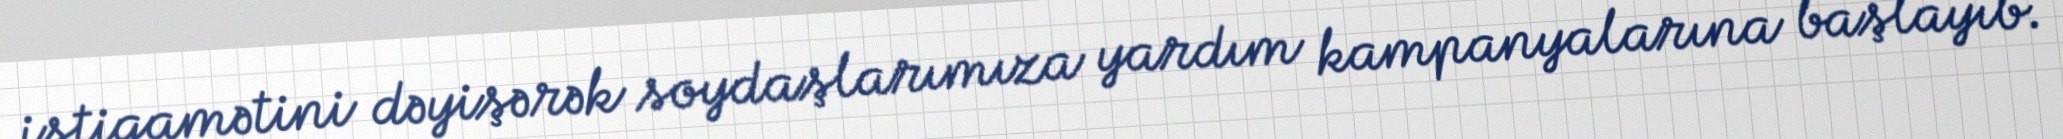
istiqamətini dəyişərək soydaşlarımıza yardım kampanyalarına başlayıb.